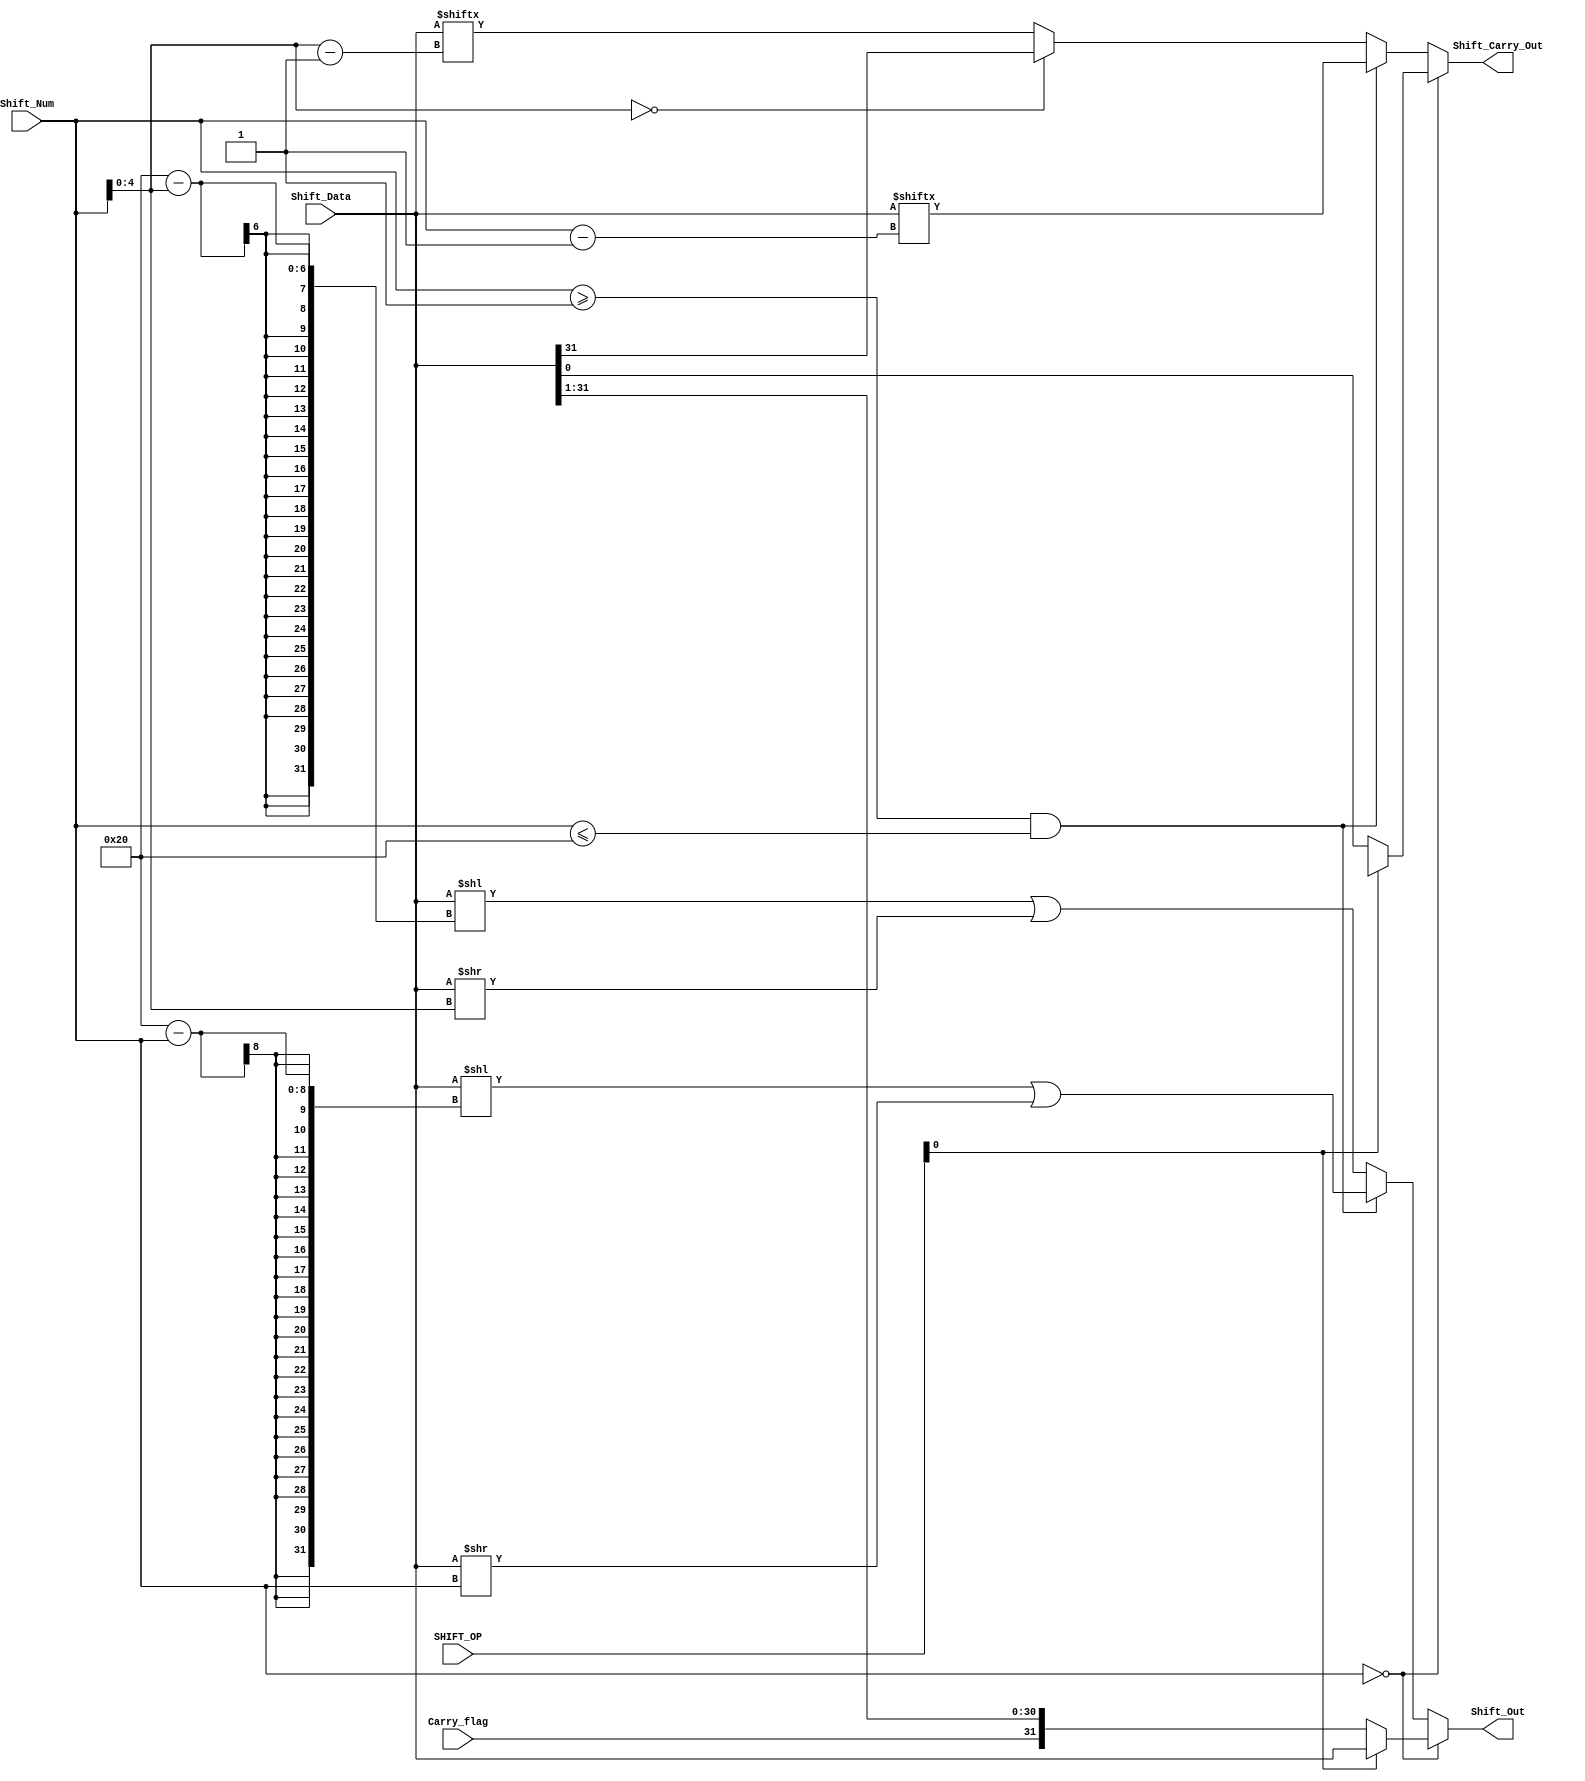
module rotate_right(SHIFT_OP, Shift_Data, Shift_Num, Carry_flag, Shift_Out,
Shift_Carry_Out);//
    input [3:1] SHIFT_OP;
    input [32:1] Shift_Data;
    input [8:1] Shift_Num;
    input Carry_flag;
    output reg [32:1] Shift_Out;
    output reg Shift_Carry_Out;
    always@(*)
        begin
            if(Shift_Num == 0)
                if(SHIFT_OP[1])
                    begin
                        Shift_Out = Shift_Data;
                        Shift_Carry_Out = 1'bx;
                    end
                else
                    begin
                        Shift_Out = {Carry_flag, Shift_Data[32:2]};
                        Shift_Carry_Out = Shift_Data[1];
                    end
            else if(Shift_Num >= 1 && Shift_Num <= 32)
                begin
                    //|
                    Shift_Out <= (Shift_Data << (32-Shift_Num)) | (Shift_Data >>
                    Shift_Num);;
                    Shift_Carry_Out = Shift_Data[Shift_Num];
                end
            else
                begin
                    //|
                    Shift_Out <= (Shift_Data << (32-Shift_Num[5:1])) | (Shift_Data >>
                    Shift_Num[5:1]);
                    if(Shift_Num[5:1] == 0)//Shift_Num6432
                        Shift_Carry_Out = Shift_Data[32];
                    else
                        Shift_Carry_Out = Shift_Data[Shift_Num[5:1]];
                end
        end

endmodule